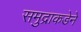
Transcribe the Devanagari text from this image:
समुद्राकडेने